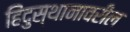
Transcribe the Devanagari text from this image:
हिंदुस्थानावरील